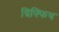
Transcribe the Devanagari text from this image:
ग्रिफ्फिथ